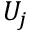
U _ { j }